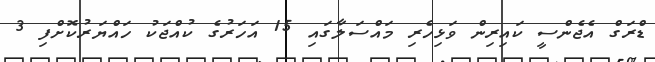
ޑްރަގް އެޖެންސީ ކައިރިން ވަޅިހެރި މައްސަލާގައި 15 އަހަރުގެ ކުއްޖަކު ހައްޔަރުކޮށްފި 3